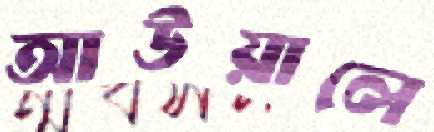
আউয়ালে